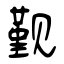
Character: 觐